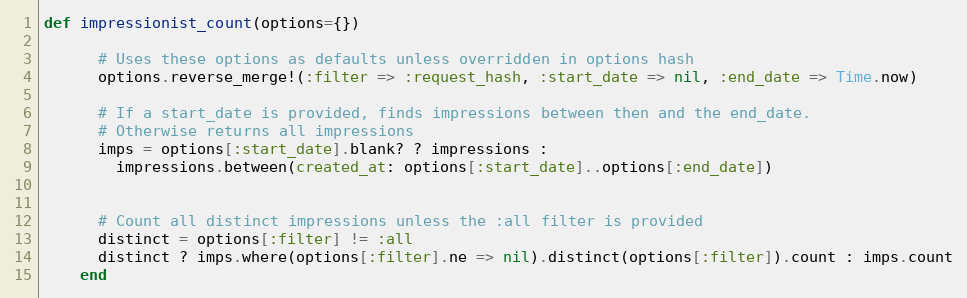
Language: Ruby
def impressionist_count(options={})

      # Uses these options as defaults unless overridden in options hash
      options.reverse_merge!(:filter => :request_hash, :start_date => nil, :end_date => Time.now)

      # If a start_date is provided, finds impressions between then and the end_date.
      # Otherwise returns all impressions
      imps = options[:start_date].blank? ? impressions :
        impressions.between(created_at: options[:start_date]..options[:end_date])

      # Count all distinct impressions unless the :all filter is provided
      distinct = options[:filter] != :all
      distinct ? imps.where(options[:filter].ne => nil).distinct(options[:filter]).count : imps.count
    end